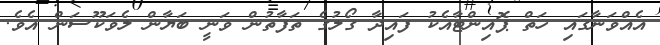
އެއްވަނާގައި ހަތް ޕޮއިންޓާއެކު ފައިދާ ގޯލުގެ ތަފާތުން ވަނީ ބަޔާން ލެވަކޫސަން އެވެ.